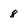
Character: 8